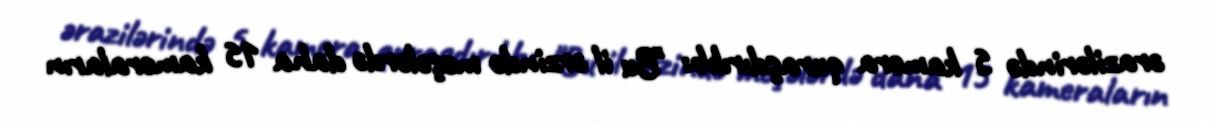
ərazilərində 5 kamera quraşdırılıb: "Bu il ərzində meşələrdə daha 15 kameraların